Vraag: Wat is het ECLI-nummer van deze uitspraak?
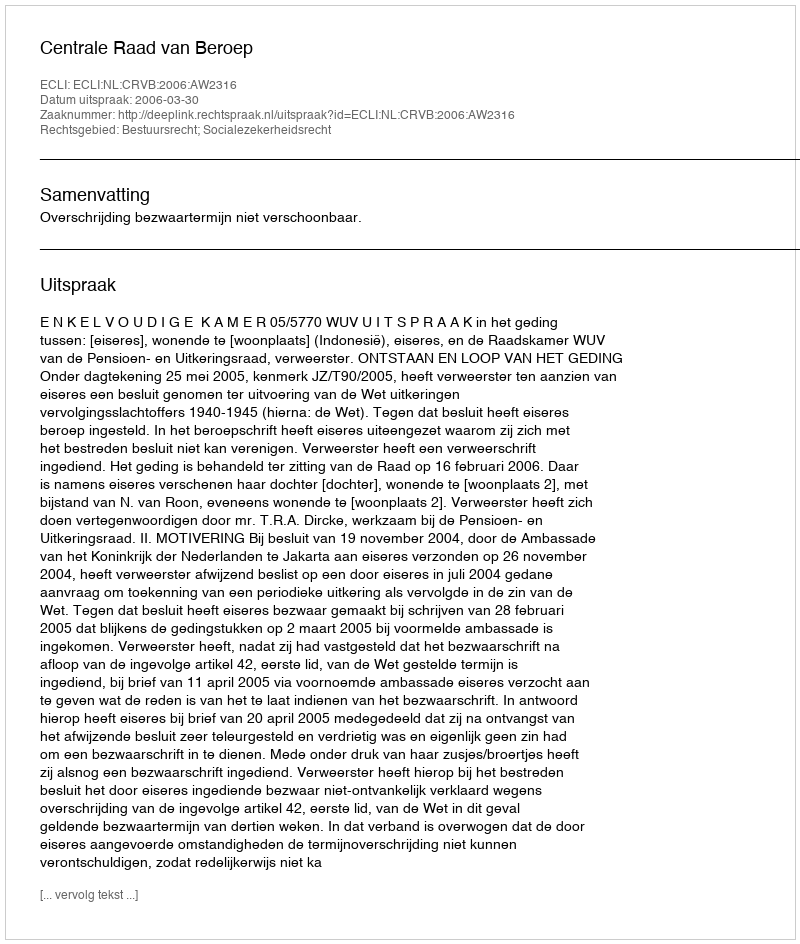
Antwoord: ECLI:NL:CRVB:2006:AW2316